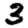
Digit: 3